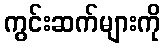
ကွင်းဆက်များကို